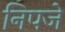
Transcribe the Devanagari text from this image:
निपजे